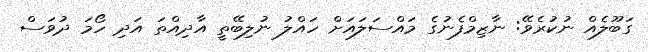
ގަބޫލެއް ނުކުރެވޭ: ނާޒިމްފެނުގެ މައްސަލައަށް ހައްލު ނުލިބޭތީ އާދިއްތަ އަދި ހޯމަ ދުވަސް